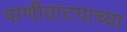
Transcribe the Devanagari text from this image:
पाणीवाटपाच्या